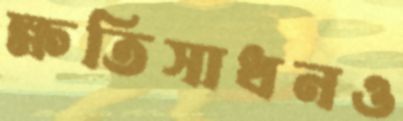
ক্ষতিসাধনও